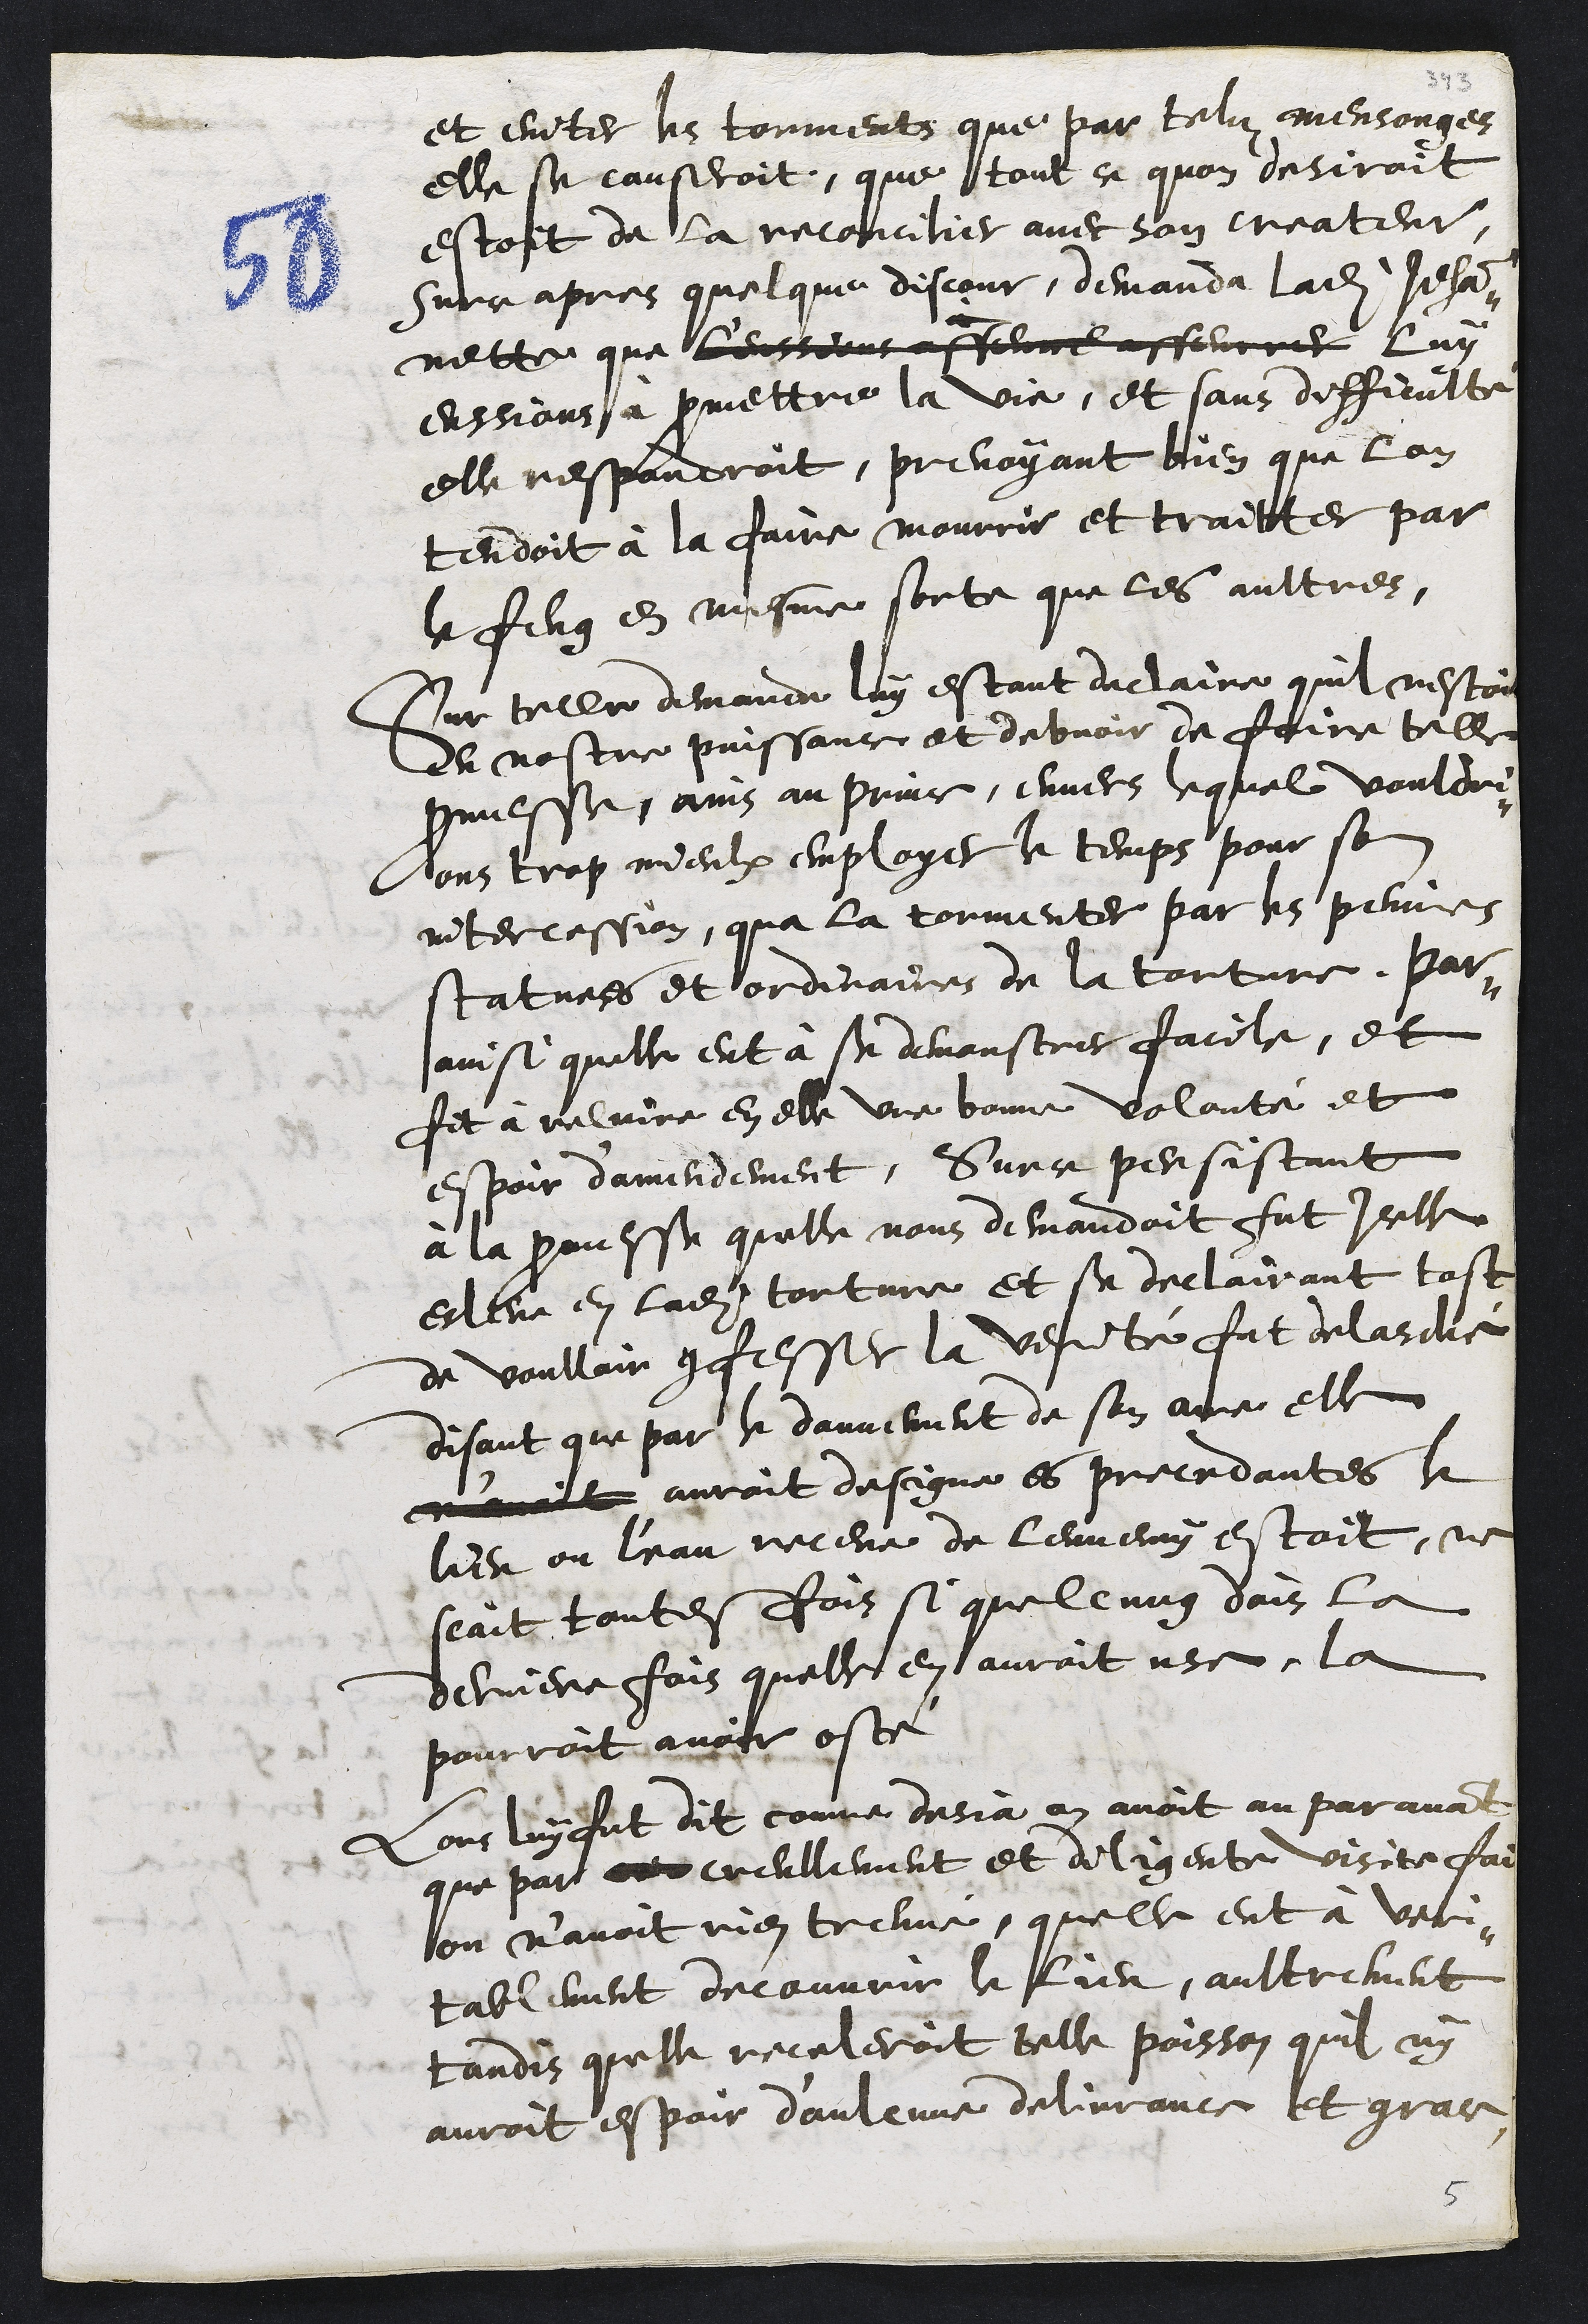
et eviter les torments que par telz mensonges
elle se causeroit, que tout ce quon desiroit
estoit de la reconcilier avec son createur,
Surce apres quelque discour, demanda ladite Jehan¬
nette que l'eussions asseurre asseurrer luy
eussions à promettre la vie, et sans difficulté
elle respondroit, prevoyant bien que lon
tendoit à la faire mourrir et traitter par
le feug en mesme sorte que les aultres,
Sur telle demande luy estant declaire quil nestoit
En nostre puissance et debvoir de faire telle
promesse, ains au prince, envers lequel vouldri¬
ons trop mieulx employer le temps pour son
intercession, qua la tormenter par les peines
statuees et ordinaires de la torture, par¬
ainsi quelle eut à se demonstrer facile, et
fit à reluire en elle une bonne volonté et
espoir d'amendement. Sur ce persistant
à la promesse quelle nous demandoit fut Icelle
esleve en ladite torture et se declairant tost
de voulloir confesser la verité fut delasché
disant que par le dannement de son ame elle
n'avoit auroit designe es precedantes le
lieu ou l'eau receue de lennemy estoit, ne
scait toutesfois si quelcung dois la
derniere fois quelle en auroit use, la
pourroit avoir osté
Lors luy fut dit comme desja on avoit au paravant
que par creullement et diligente visite faite
on n’avoit rien treuvé, quelle eut à veri¬
tablement decouvrir le lieu, aultrement
tandis quelle receleroit telle poisson quil ny
auroit espoir d'aulcune delivrance et grace

5